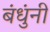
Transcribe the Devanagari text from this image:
बंधुंनी